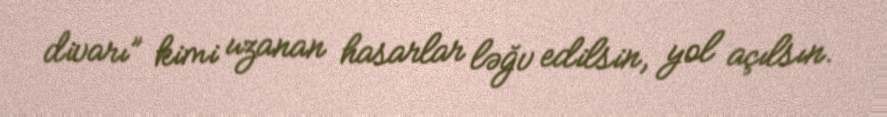
divarı” kimi uzanan hasarlar ləğv edilsin, yol açılsın.